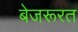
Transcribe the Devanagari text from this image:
बेजरूरत